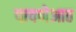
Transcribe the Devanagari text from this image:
पावणेआठ